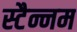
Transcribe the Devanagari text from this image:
स्टैन्नम